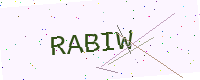
Text: RABIW